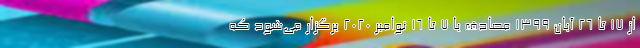
از ۱۷ تا ۲۶ آبان ۱۳۹۹ مصادف با ۷ تا ۱۶ نوامبر ۲۰۲۰ برگزار می‌شود که